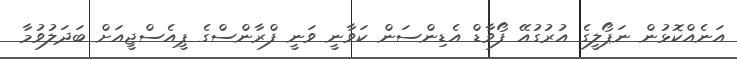
އަނެއްކޮޅުން ނަޕޯލީގެ އުރުގުއޭ ފޯވާޑް އެޑިންސަން ކަވާނީ ވަނީ ފްރާންސްގެ ޕީއެސްޖީއަށް ބަދަލުވުމާ